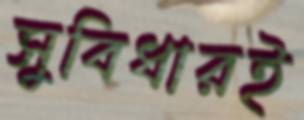
সুবিধারই